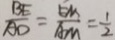
\frac { B E } { A D } = \frac { E M } { A M } = \frac { 1 } { 2 }